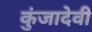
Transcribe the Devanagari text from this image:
कुंजादेवी